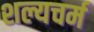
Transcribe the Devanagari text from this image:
शल्यचर्म